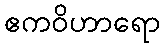
ဧကဝိဟာရော